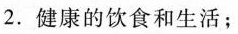
2.健康的饮食和生活；